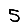
Digit: 5